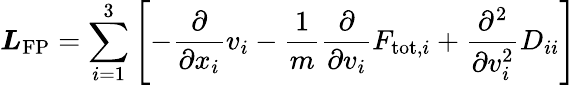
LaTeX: \boldsymbol{L}_{\mathrm{FP}}=\sum_{i=1}^{3}\left[-\frac{\partial}{\partial x_{i}}v_{i}-\frac{1}{m}\frac{\partial}{\partial v_{i}}F_{\mathrm{tot},i}+\frac{\partial^{2}}{\partial v_{i}^{2}}D_{ii}\right]